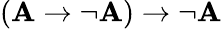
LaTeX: (\mathbf{A}\to\lnot\mathbf{A})\to\lnot\mathbf{A}